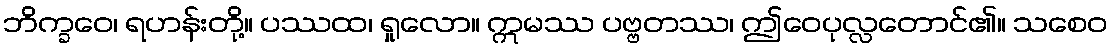
ဘိက္ခဝေ၊ ရဟန်းတို့။ ပဿထ၊ ရှုလော။ ဣမဿ ပဗ္ဗတဿ၊ ဤဝေပုလ္လတောင်၏။ သစေဝ